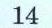
14